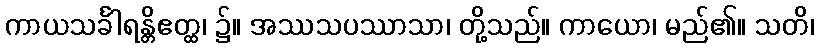
ကာယသင်္ခါရန္တိဧတ္ထ၊ ၌။ အဿသပဿာသာ၊ တို့သည်။ ကာယော၊ မည်၏။ သတိ၊